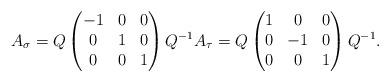
LaTeX: \begin{align*}A_\sigma=Q\begin{pmatrix}-1 & 0 & 0\\0 & 1 & 0\\0 & 0 & 1\end{pmatrix}Q^{-1}A_\tau=Q\begin{pmatrix}1 & 0 & 0\\0 & -1 & 0\\0 & 0 & 1\end{pmatrix}Q^{-1}.\end{align*}